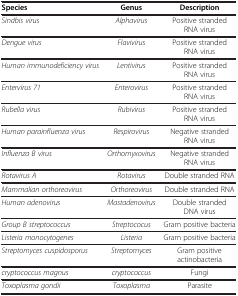
<table><thead><tr><td><b>Species</b></td><td><b>Genus</b></td><td><b>Description</b></td></tr></thead><tbody><tr><td><i>Sindbis virus</i></td><td><i>Alphavirus</i></td><td>Positive stranded RNA virus</td></tr><tr><td><i>Dengue virus</i></td><td><i>Flavivirus</i></td><td>Positive stranded RNA virus</td></tr><tr><td><i>Human immunodeficiency virus</i></td><td><i>Lentivirus</i></td><td>Positive stranded RNA virus</td></tr><tr><td><i>Entervirus 71</i></td><td><i>Enterovirus</i></td><td>Positive stranded RNA virus</td></tr><tr><td><i>Rubella virus</i></td><td><i>Rubivirus</i></td><td>Positive stranded RNA virus</td></tr><tr><td><i>Human parainfluenza virus</i></td><td><i>Respirovirus</i></td><td>Negative stranded RNA virus</td></tr><tr><td><i>Influenza B virus</i></td><td><i>Orthomyxovirus</i></td><td>Negative stranded RNA virus</td></tr><tr><td><i>Rotavirus A</i></td><td><i>Rotavirus</i></td><td>Double stranded RNA</td></tr><tr><td><i>Mammalian orthoreovirus</i></td><td><i>Orthoreovirus</i></td><td>Double stranded RNA</td></tr><tr><td><i>Human adenovirus</i></td><td><i>Mastadenovirus</i></td><td>Double stranded DNA virus</td></tr><tr><td><i>Group B streptococcus</i></td><td><i>Streptococus</i></td><td>Gram positive bacteria</td></tr><tr><td><i>Listeria monocytogenes</i></td><td><i>Listeria</i></td><td>Gram positive bacteria</td></tr><tr><td><i>Streptomyces cuspidosporus</i></td><td><i>Streptomyces</i></td><td>Gram positive actinobacteria</td></tr><tr><td><i>cryptococcus magnus</i></td><td><i>cryptococcus</i></td><td>Fungi</td></tr><tr><td><i>Toxoplasma gondii</i></td><td><i>Toxoplasma</i></td><td>Parasite</td></tr></tbody></table>